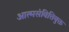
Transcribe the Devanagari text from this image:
आत्मसंवित्तियुक्त